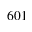
6 0 1